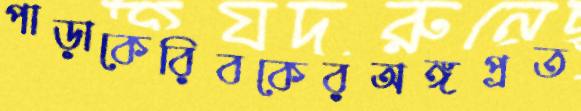
পাড়াকেরিবকেরঅঙ্গপ্রত